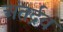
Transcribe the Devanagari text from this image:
अंतर्द्रव